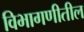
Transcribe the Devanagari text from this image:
विभागणीतील